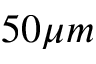
5 0 \mu m